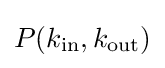
P(k_{\mathrm {in} },k_{\mathrm {out} })